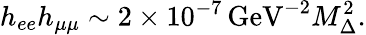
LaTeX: h_{ee}h_{\mu\mu}\sim 2\times 10^{-7}\, \mathrm{GeV}^{-2}M_{\Delta}^{2}.